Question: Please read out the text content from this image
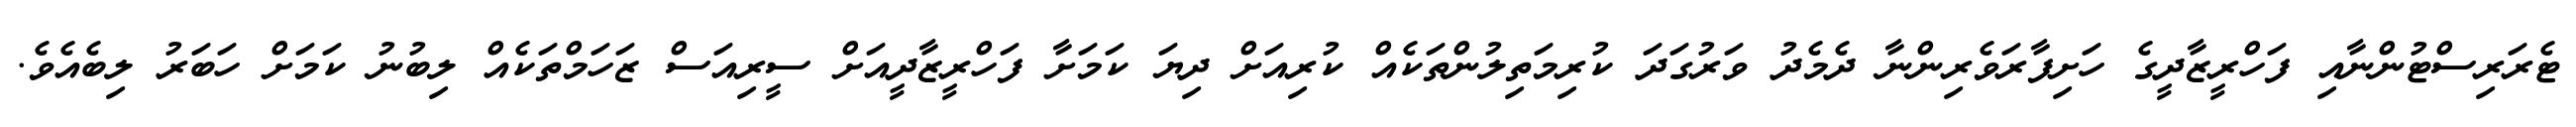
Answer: ޓެރަރިސްޓުންނާއި ފަހްރީޒާދީގެ ހަށިފާރަވެރިންނާ ދެމެދު ވަރުގަދަ ކުރިމަތިލުންތަކެއް ކުރިއަށް ދިޔަ ކަމަށާ ފަހްރީޒާދީއަށް ސީރިއަސް ޒަހަމްތަކެއް ލިބުނު ކަމަށް ހަބަރު ލިބެއެވެ.